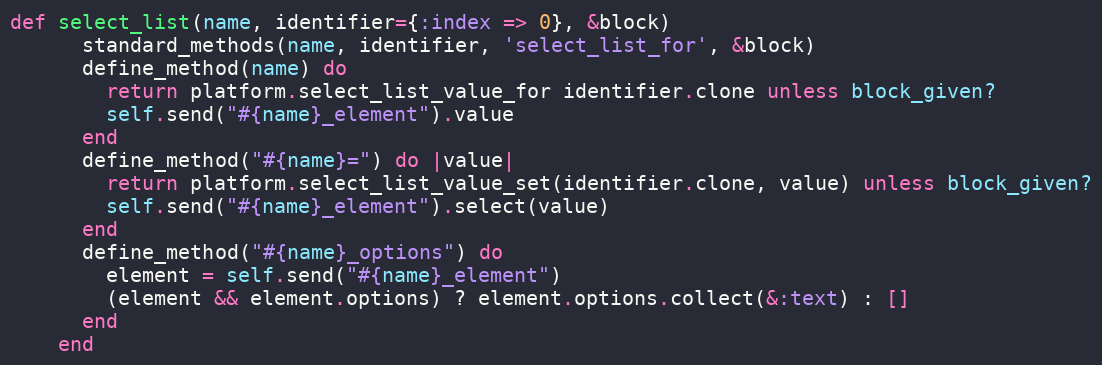
Language: Ruby
def select_list(name, identifier={:index => 0}, &block)
      standard_methods(name, identifier, 'select_list_for', &block)
      define_method(name) do
        return platform.select_list_value_for identifier.clone unless block_given?
        self.send("#{name}_element").value
      end
      define_method("#{name}=") do |value|
        return platform.select_list_value_set(identifier.clone, value) unless block_given?
        self.send("#{name}_element").select(value)
      end
      define_method("#{name}_options") do
        element = self.send("#{name}_element")
        (element && element.options) ? element.options.collect(&:text) : []
      end
    end